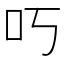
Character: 𫩐